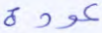
عودة